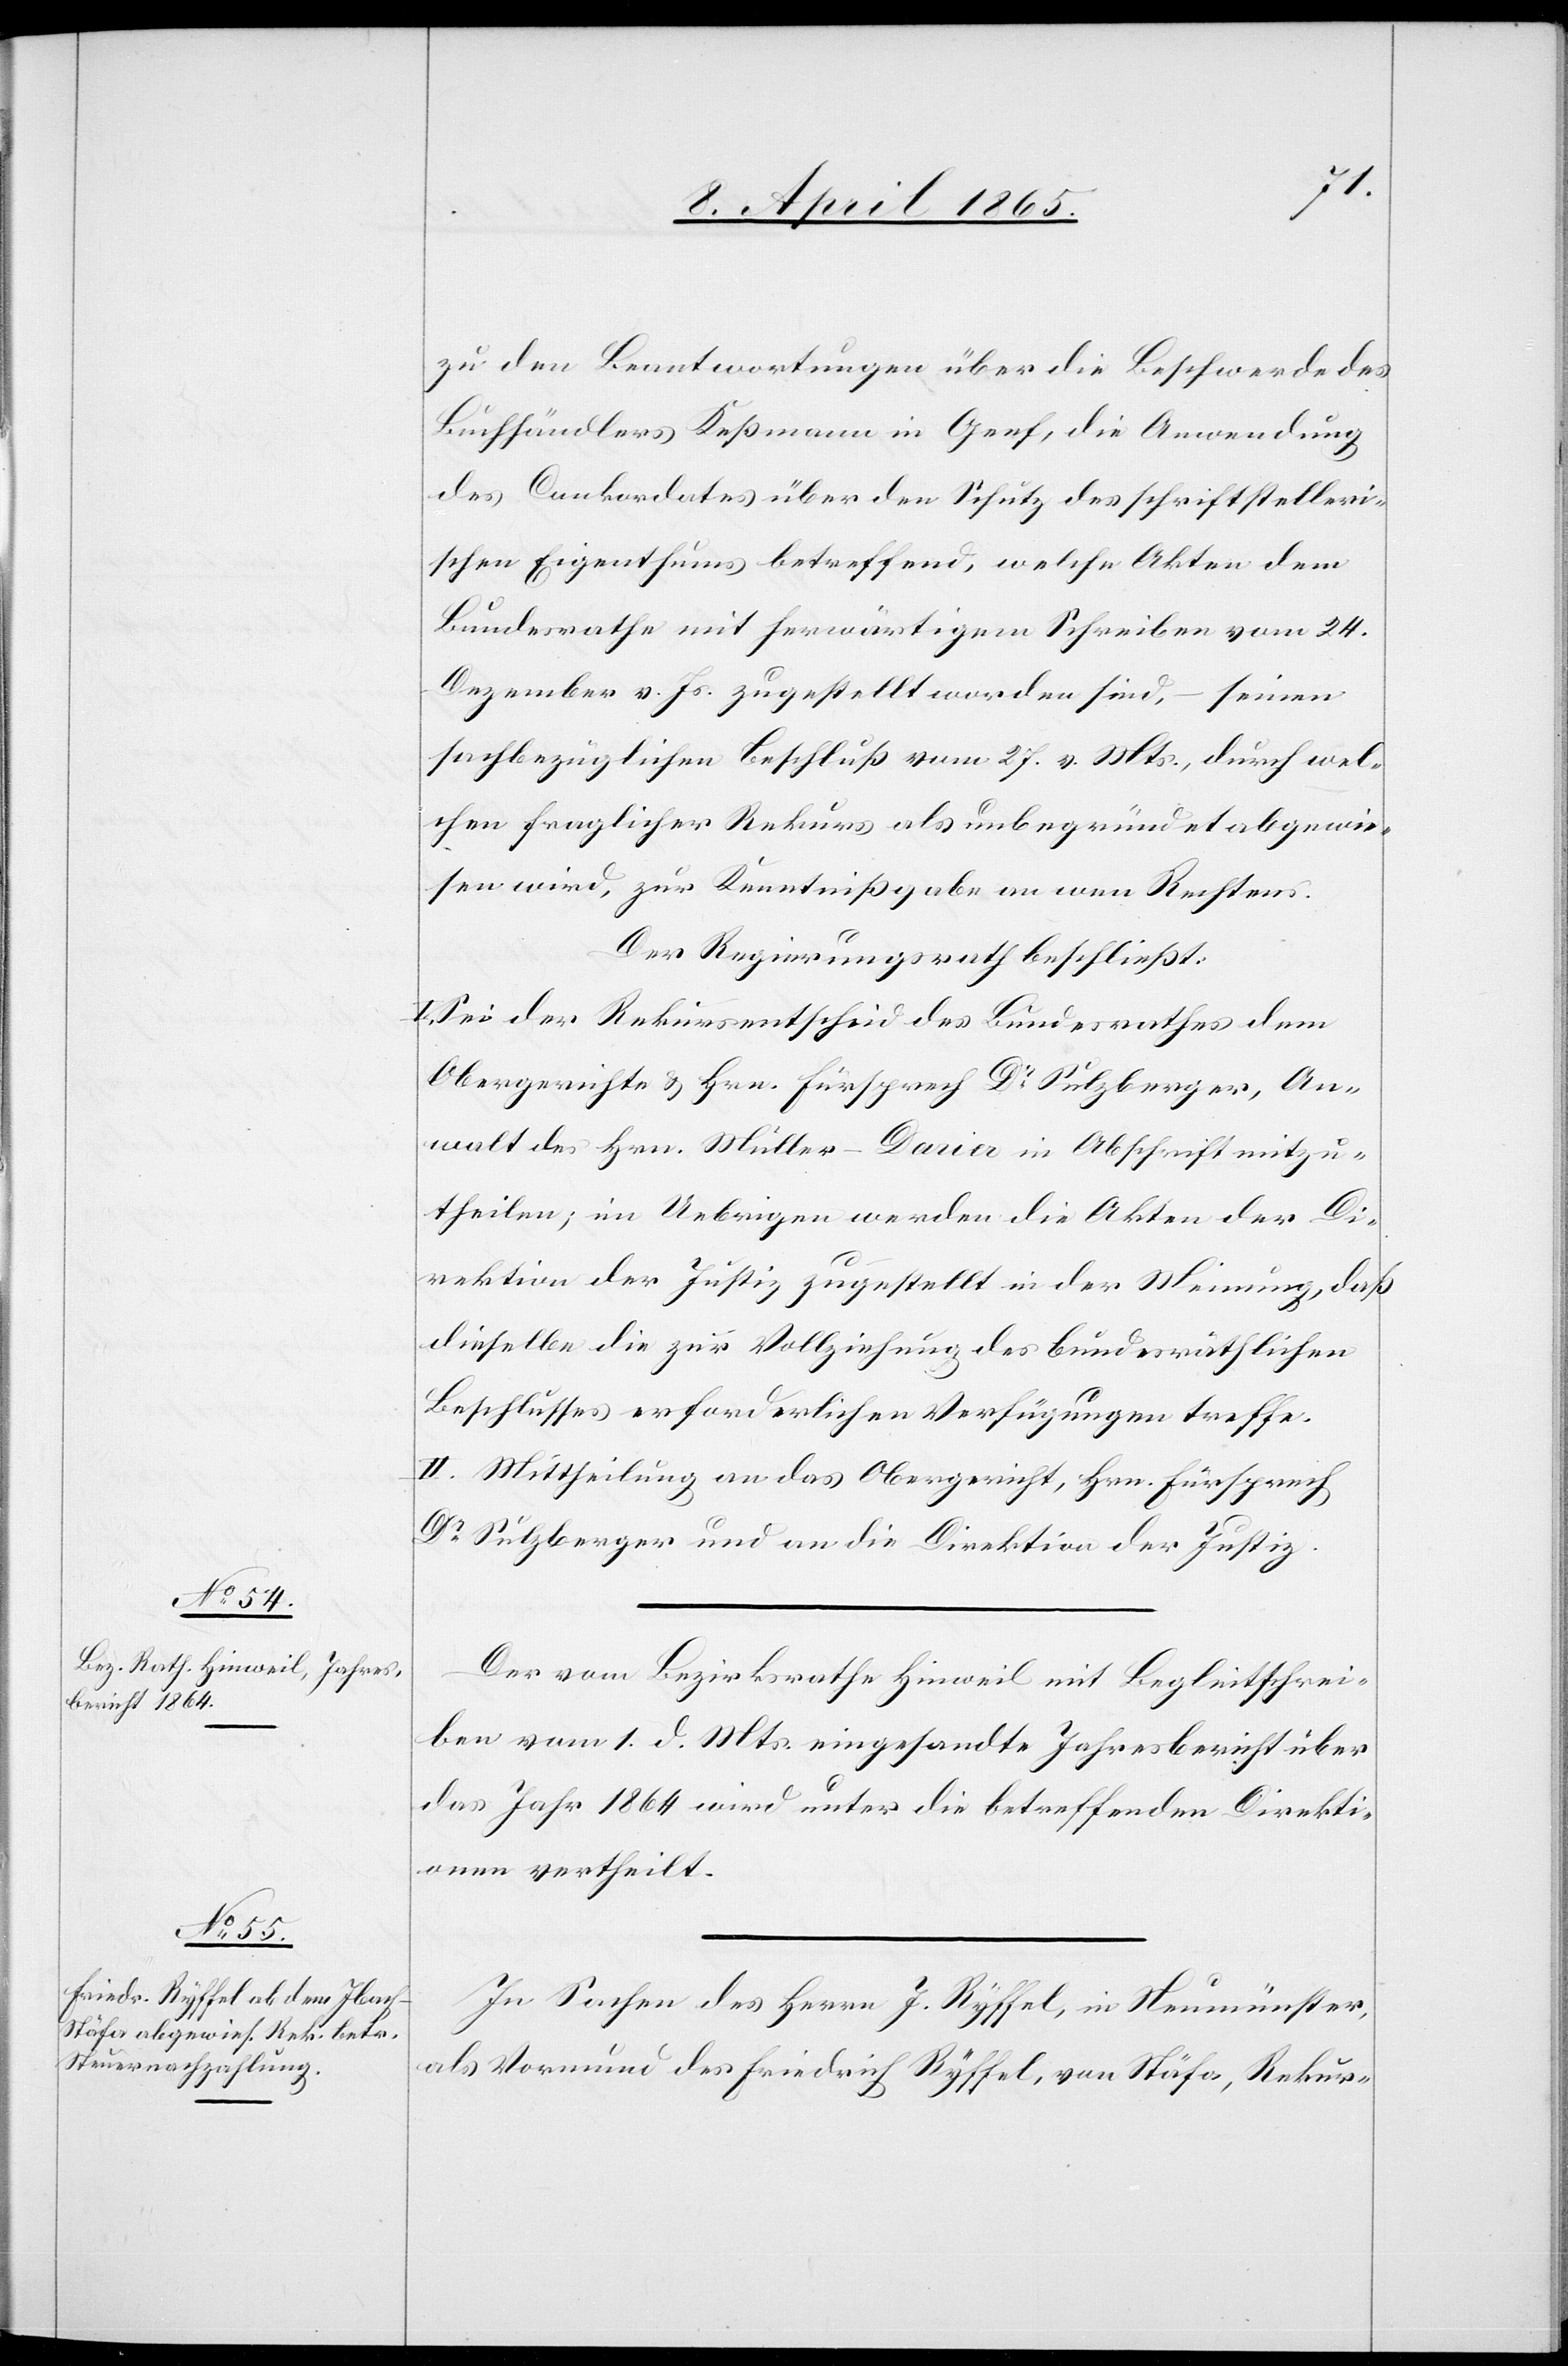
zu den Beantwortungen über die Beschwerde des
Buchhändlers Keßmann in Genf, die Anwendung
des Conkordates über den Schutz des schriftstelleri¬
schen Eigenthums betreffend, welche Akten dem
Bundesrathe mit herwärtigem Schreiben vom 24.
Dezember v. Js. zugestellt worden sind, – seinen
sachbezüglichen Beschluß vom 27. v. Mts., durch wel¬
chen fraglicher Rekurs als unbegründet abgewie¬
sen wird, zur Kenntnißgabe an wen Rechtens.
Der Regierungsrath beschließt:
I. Sei der Rekursentscheid des Bundesrathes dem
Obergerichte & Hrn. Fürsprech Dr Sulzberger, An¬
walt des Hrn. Müller-Darier in Abschrift mitzu¬
theilen; im Uebrigen werden die Akten der Di¬
rektion der Justiz zugestellt in der Meinung, daß
dieselbe die zur Vollziehung des bundesräthlichen
Beschlusses erforderlichen Verfügungen treffe.
II. Mittheilung an das Obergericht, Hrn. Fürsprech
Dr Sulzberger und an die Direktion der Justiz.
Der vom Bezirksrathe Hinweil mit Begleitschrei¬
ben vom 1. d. Mts. eingesandte Jahresbericht über
das Jahr 1864 wird unter die betreffenden Direkti¬
onen vertheilt.
In Sachen des Herrn J. Ryffel, in Neumünster,
als Vormund des Friedrich Ryffel, von Stäfa, Rekur-